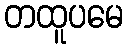
တထူပမေ